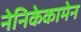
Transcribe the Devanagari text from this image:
नेनिकेकामेन